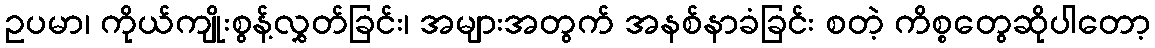
ဥပမာ၊ ကိုယ်ကျိုးစွန့်လွှတ်ခြင်း၊ အများအတွက် အနစ်နာခံခြင်း စတဲ့ ကိစ္စတွေဆိုပါတော့